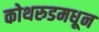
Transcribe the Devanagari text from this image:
कोथरुडमधून